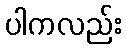
ပါကလည်း